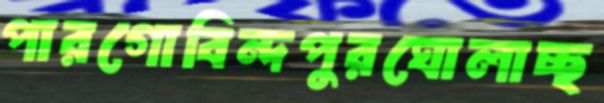
পারগোবিন্দপুরঘোলাচ্ছ